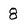
Character: 8